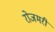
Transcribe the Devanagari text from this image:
रोजमरी